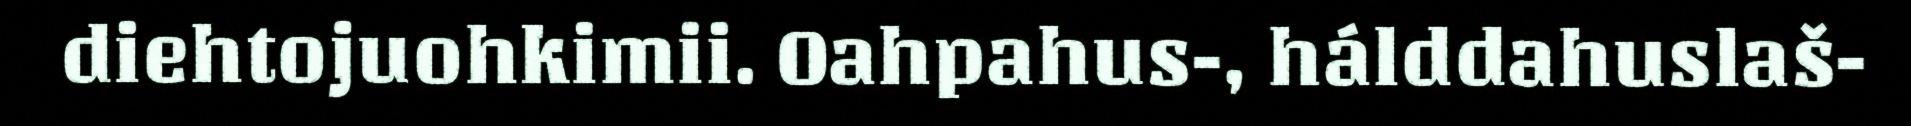
diehtojuohkimii. Oahpahus-, hálddahuslaš-